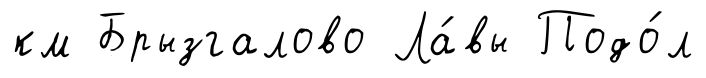
км Брызгалово Ла́вы Подо́л